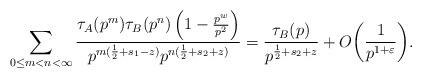
LaTeX: \begin{align*}\sum_{ 0\leq m<n<\infty } \frac{\tau_A(p^{m}) \tau_B(p^{n}) \left( 1-\frac{p^w}{p^{2}} \right)}{ p^{m(\frac{1}{2}+s_1 -z)} p^{n(\frac{1}{2}+s_2+z)} } = \frac{ \tau_B(p ) }{ p^{ \frac{1}{2}+s_2+z } } +O\bigg( \frac{1}{p^{1+\varepsilon}}\bigg).\end{align*}